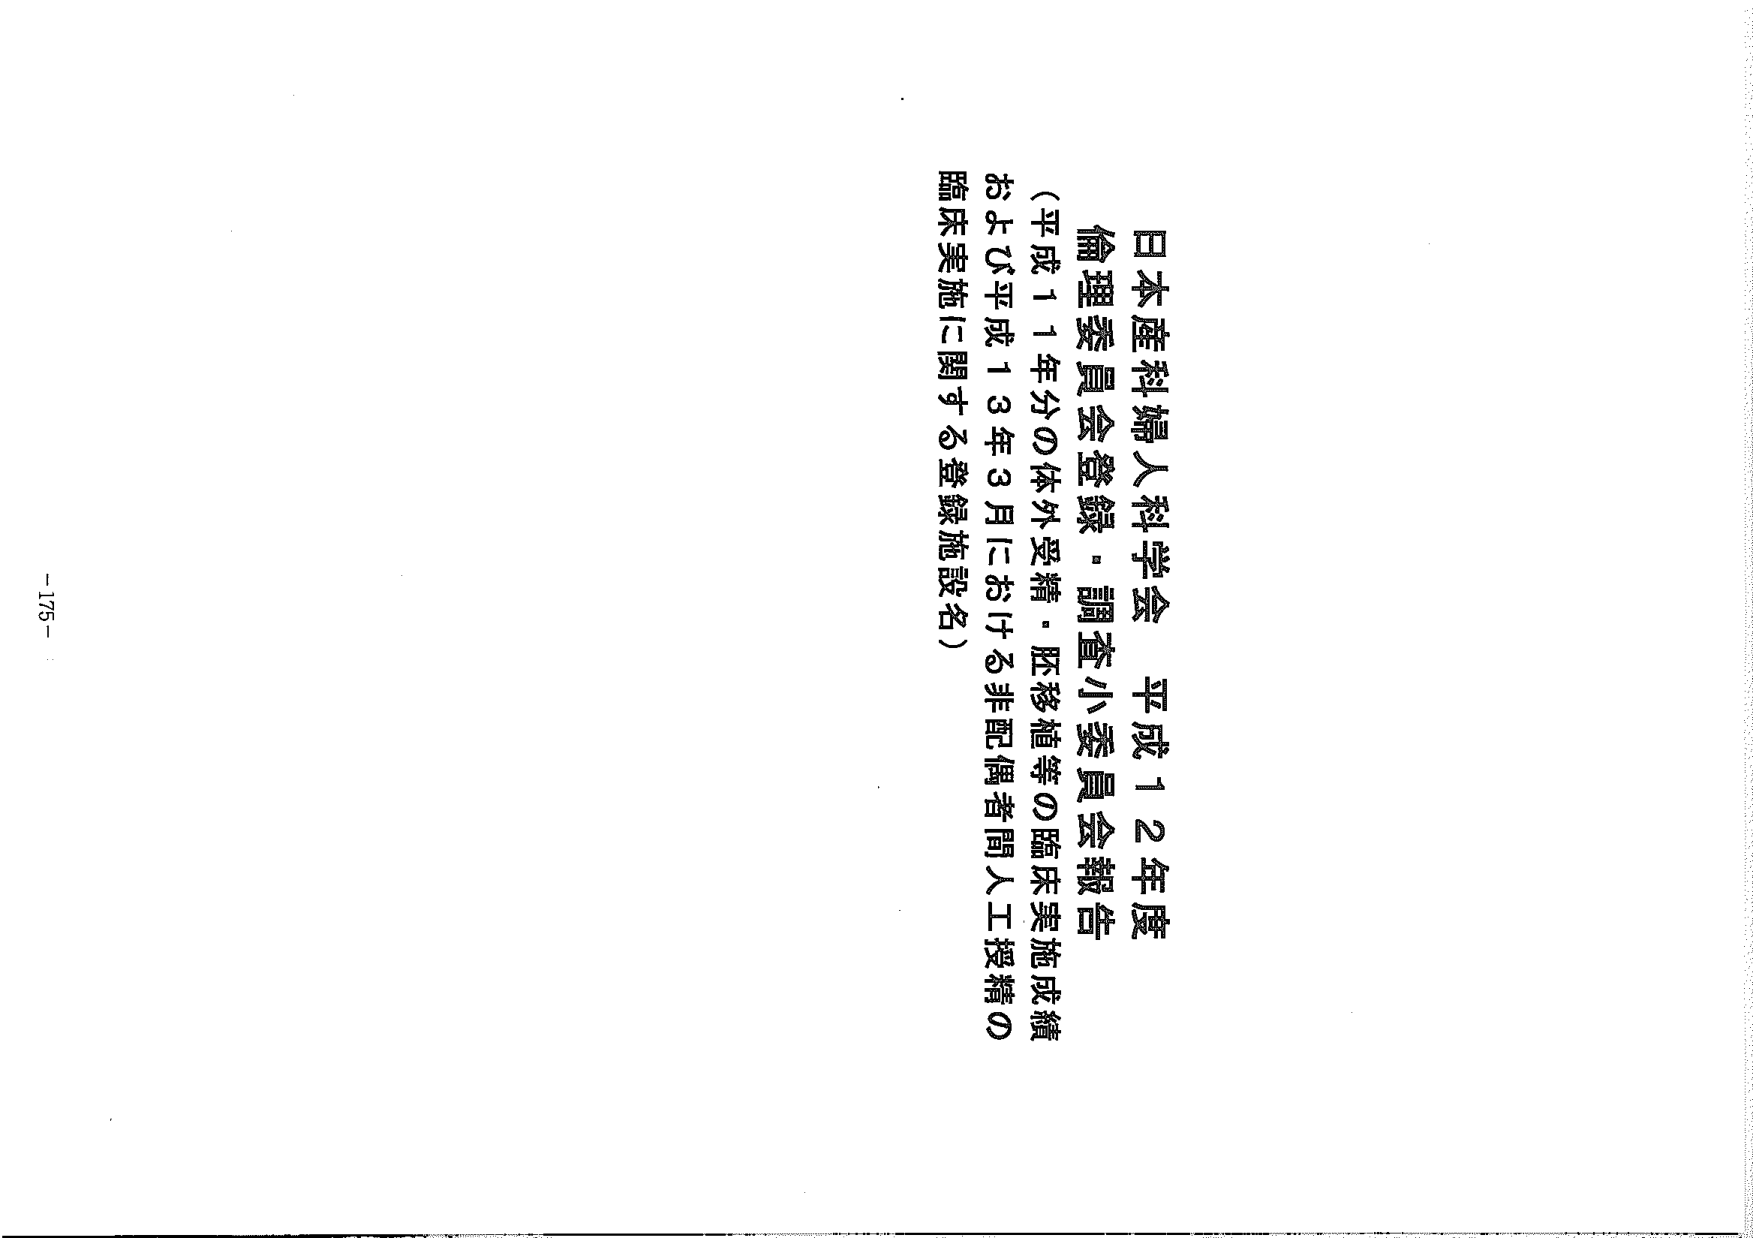
日本産科婦人科学会 平成12年度
倫理委員会登録・調査小委員会報告
（平成11年分の体外受精・胚移植等の臨床実施成績
および平成13年3月における非配偶者間人工授精の
臨床実施に関する登録施設名）
- 175 -